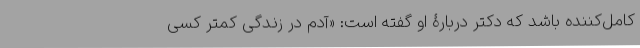
کامل‌کننده باشد که دکتر دربارۀ او گفته است: «آدم در زندگی کمتر کسی